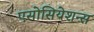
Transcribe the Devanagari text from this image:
एसोसियेशन्स